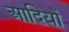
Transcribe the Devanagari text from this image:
आदियों